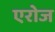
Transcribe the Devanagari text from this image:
एरोज